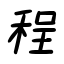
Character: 程